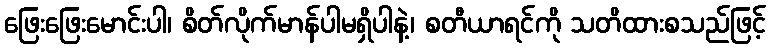
ဖြေးဖြေးမောင်းပါ၊ စိတ်လိုက်မာန်ပါမရှိပါနဲ့၊ စတီယာရင်ကို သတိထားစသည်ဖြင့်